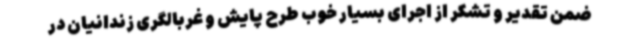
ضمن تقدیر و تشکر از اجرای بسیار خوب طرح پایش و غربالگری زندانیان در